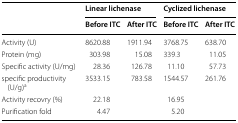
| <ROWSPAN=2>  | <COLSPAN=2> Linear lichenase | <COLSPAN=2> Cyclized lichenase |
 | Before ITC | After ITC | Before ITC | After ITC |
 | --- | --- | --- | --- | --- |
 | Activity (U) | 8620.88 | 1911.94 | 3768.75 | 638.70 |
 | Protein (mg) | 303.98 | 15.08 | 339.3 | 11.05 |
 | Specific activity (U/mg) | 28.36 | 126.78 | 11.10 | 57.73 |
 | specific productivity (U/g)a | 3533.15 | 783.58 | 1544.57 | 261.76 |
 | Activity recovry (%) | <COLSPAN=2> 22.18 | <COLSPAN=2> 16.95 |
 | Purification fold | <COLSPAN=2> 4.47 | <COLSPAN=2> 5.20 |